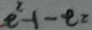
e ^ { 2 } - 1 - t = 2